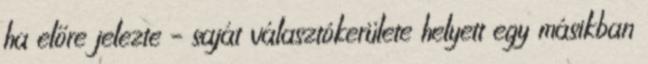
ha előre jelezte – saját választókerülete helyett egy másikban